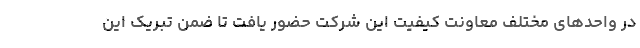
در واحدهای مختلف معاونت کیفیت این شرکت حضور یافت تا ضمن تبریک این